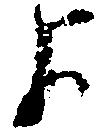
よ